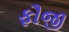
ફૌજી